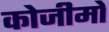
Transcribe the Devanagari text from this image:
कोजीमो